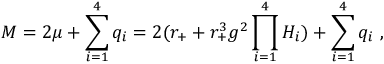
M = 2 \mu + \sum _ { i = 1 } ^ { 4 } q _ { i } = 2 ( r _ { + } + r _ { + } ^ { 3 } g ^ { 2 } \prod _ { i = 1 } ^ { 4 } H _ { i } ) + \sum _ { i = 1 } ^ { 4 } q _ { i } \ ,